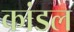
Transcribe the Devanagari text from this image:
कांडल